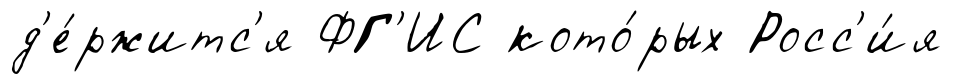
д'е́ржитс'я ФГ'ИС кото́рых Росс'и́я